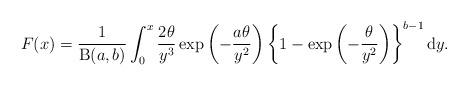
LaTeX: \begin{align*}F(x) =\frac{1}{\operatorname{B}(a,b)}\int^{x}_{0}\frac{2\theta}{y^{3}}\exp\left(-\frac{a\theta}{y^{2}}\right)\left\{1 - \exp\left(-\frac{\theta}{y^{2}}\right)\right\}^{b-1}\mathrm{d}y.\end{align*}